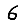
Digit: 6